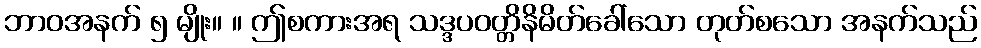
ဘာဝအနက် ၅ မျိုး။ ။ ဤစကားအရ သဒ္ဒပဝတ္တိနိမိတ်ခေါ်သော တုတ်စသော အနက်သည်